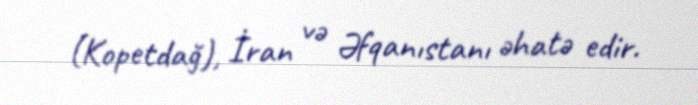
(Kopetdağ), İran və Əfqanıstanı əhatə edir.